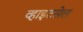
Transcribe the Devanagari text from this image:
व्हाइटसेल